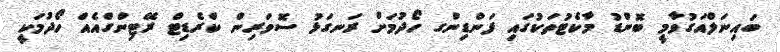
ބައިނަލްއަގުވާމީ ބޮންޑު މާކެޓުތަކުގައި ފަންޑިންގ ހޯދުމަށް ރަނގަޅު ސޮވަރިން ކްރެޑިޓް ރޭޓިންގްއެއް ހޯދުމަކީ